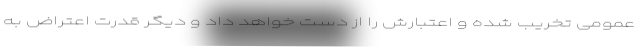
عمومی تخریب شده و اعتبارش را از دست خواهد داد و دیگر قدرت اعتراض به